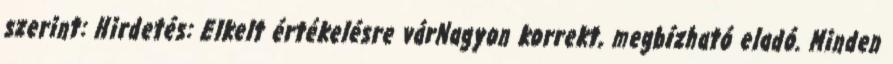
szerint: Hirdetés: Elkelt értékelésre várNagyon korrekt, megbízható eladó. Minden